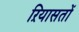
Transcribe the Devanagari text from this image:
ऱियासतों